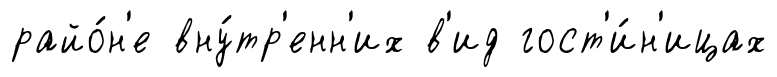
райо́н'е вну́тр'енн'их в'ид гост'и́н'ицах